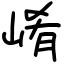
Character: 崤